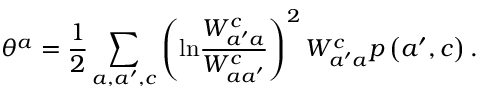
\theta ^ { a } = \frac { 1 } { 2 } \sum _ { a , a ^ { \prime } , c } \left( \mathrm { l n } \frac { W _ { a ^ { \prime } a } ^ { c } } { W _ { a a ^ { \prime } } ^ { c } } \right) ^ { 2 } W _ { a ^ { \prime } a } ^ { c } p \left( a ^ { \prime } , c \right) .